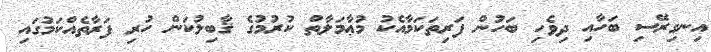
އިނގިރޭސި ބަހާއި ދިވެހި ބަހުން ފަރިތަކަމާއެކު މުޢާމަލާތް ކުރުމުގެ ޤާބިލުކަން ހުރި ފަރާތެއްކަމުގައި